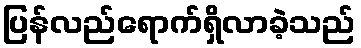
ပြန်လည်ရောက်ရှိလာခဲ့သည်